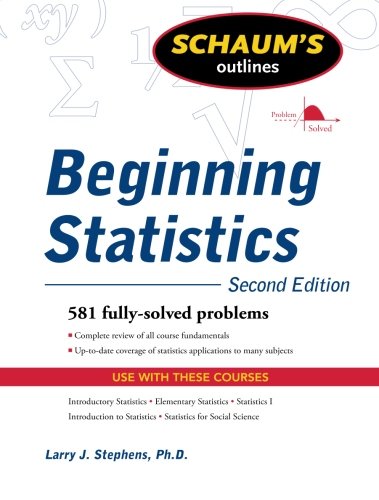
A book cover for Schaum's Outline of Beginning Statistics, Second Edition (Schaum's Outlines); Larry Stephens; Literature & Fiction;